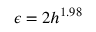
\epsilon = 2 h ^ { 1 . 9 8 }